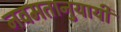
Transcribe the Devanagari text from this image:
नवमतानुयायी